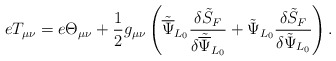
\begin{align*}eT_{\mu\nu} = e\Theta_{\mu\nu} + \frac{1}{2}g_{\mu\nu}\left({\tilde{\overline\Psi}}_{L_0}\frac{\delta{\tilde S}_F}{\delta{\tilde{\overline\Psi}}_{L_0}} + {\tilde\Psi}_{L_0}\frac{\delta{\tilde S}_F}{\delta{\tilde\Psi}_{L_0}}\right).\end{align*}